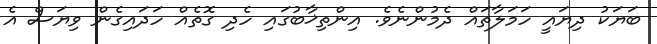
ބަޔަކު ދިޔައީ ހަމަލާތައް ދެމުންނެވެ. އިންތިޚާބުގައި ހެދި ގޮތެއް ހަދައިގެން ވިޔަސް އެ